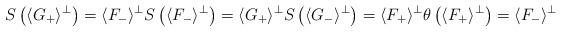
LaTeX: \begin{align*}S\left ( \langle G_+ \rangle^{\perp} \right ) =\langle F_- \rangle^{\perp} S\left (\langle F_- \rangle^{\perp} \right ) =\langle G_+ \rangle^{\perp} S\left ( \langle G_- \rangle^{\perp} \right ) =\langle F_+ \rangle^{\perp} \theta\left ( \langle F_+ \rangle^{\perp} \right ) =\langle F_- \rangle^{\perp}\end{align*}